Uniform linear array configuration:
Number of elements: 8
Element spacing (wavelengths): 0.25
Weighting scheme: hann
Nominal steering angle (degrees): -30
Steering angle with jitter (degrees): -29.336
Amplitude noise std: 0.05
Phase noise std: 0.05

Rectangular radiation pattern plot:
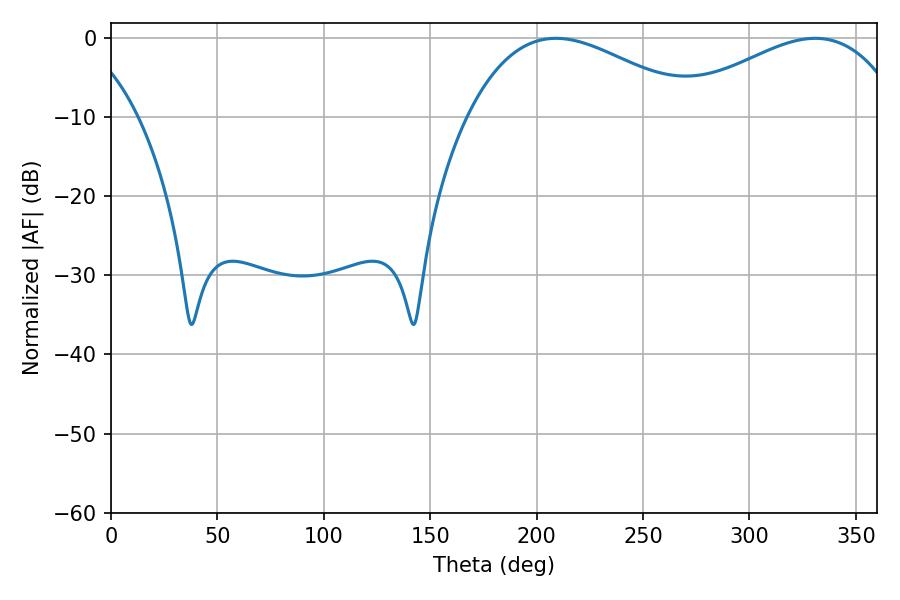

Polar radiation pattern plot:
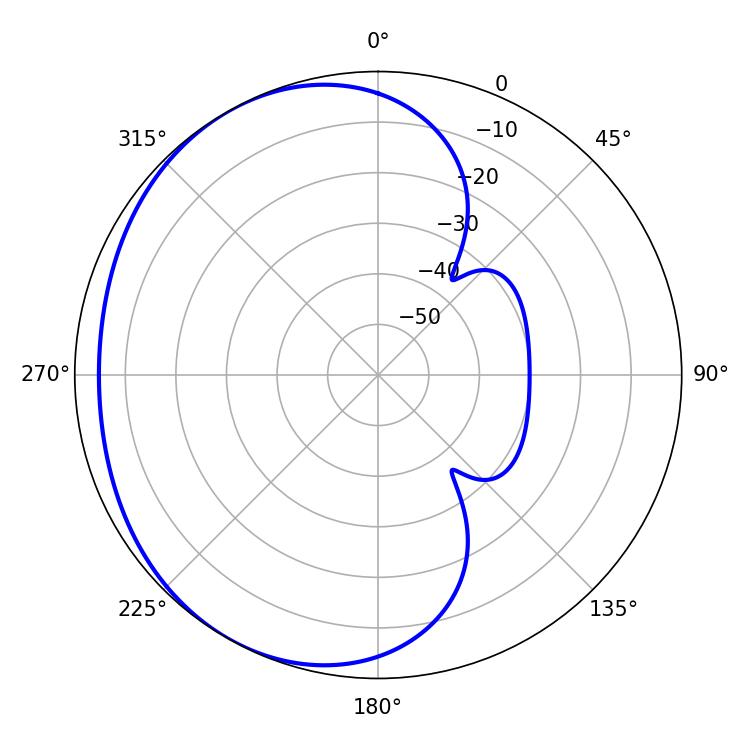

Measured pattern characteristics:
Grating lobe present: FALSE
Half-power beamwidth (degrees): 59.22
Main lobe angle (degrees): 209.16